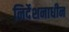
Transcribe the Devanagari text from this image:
निर्देशनाधीन